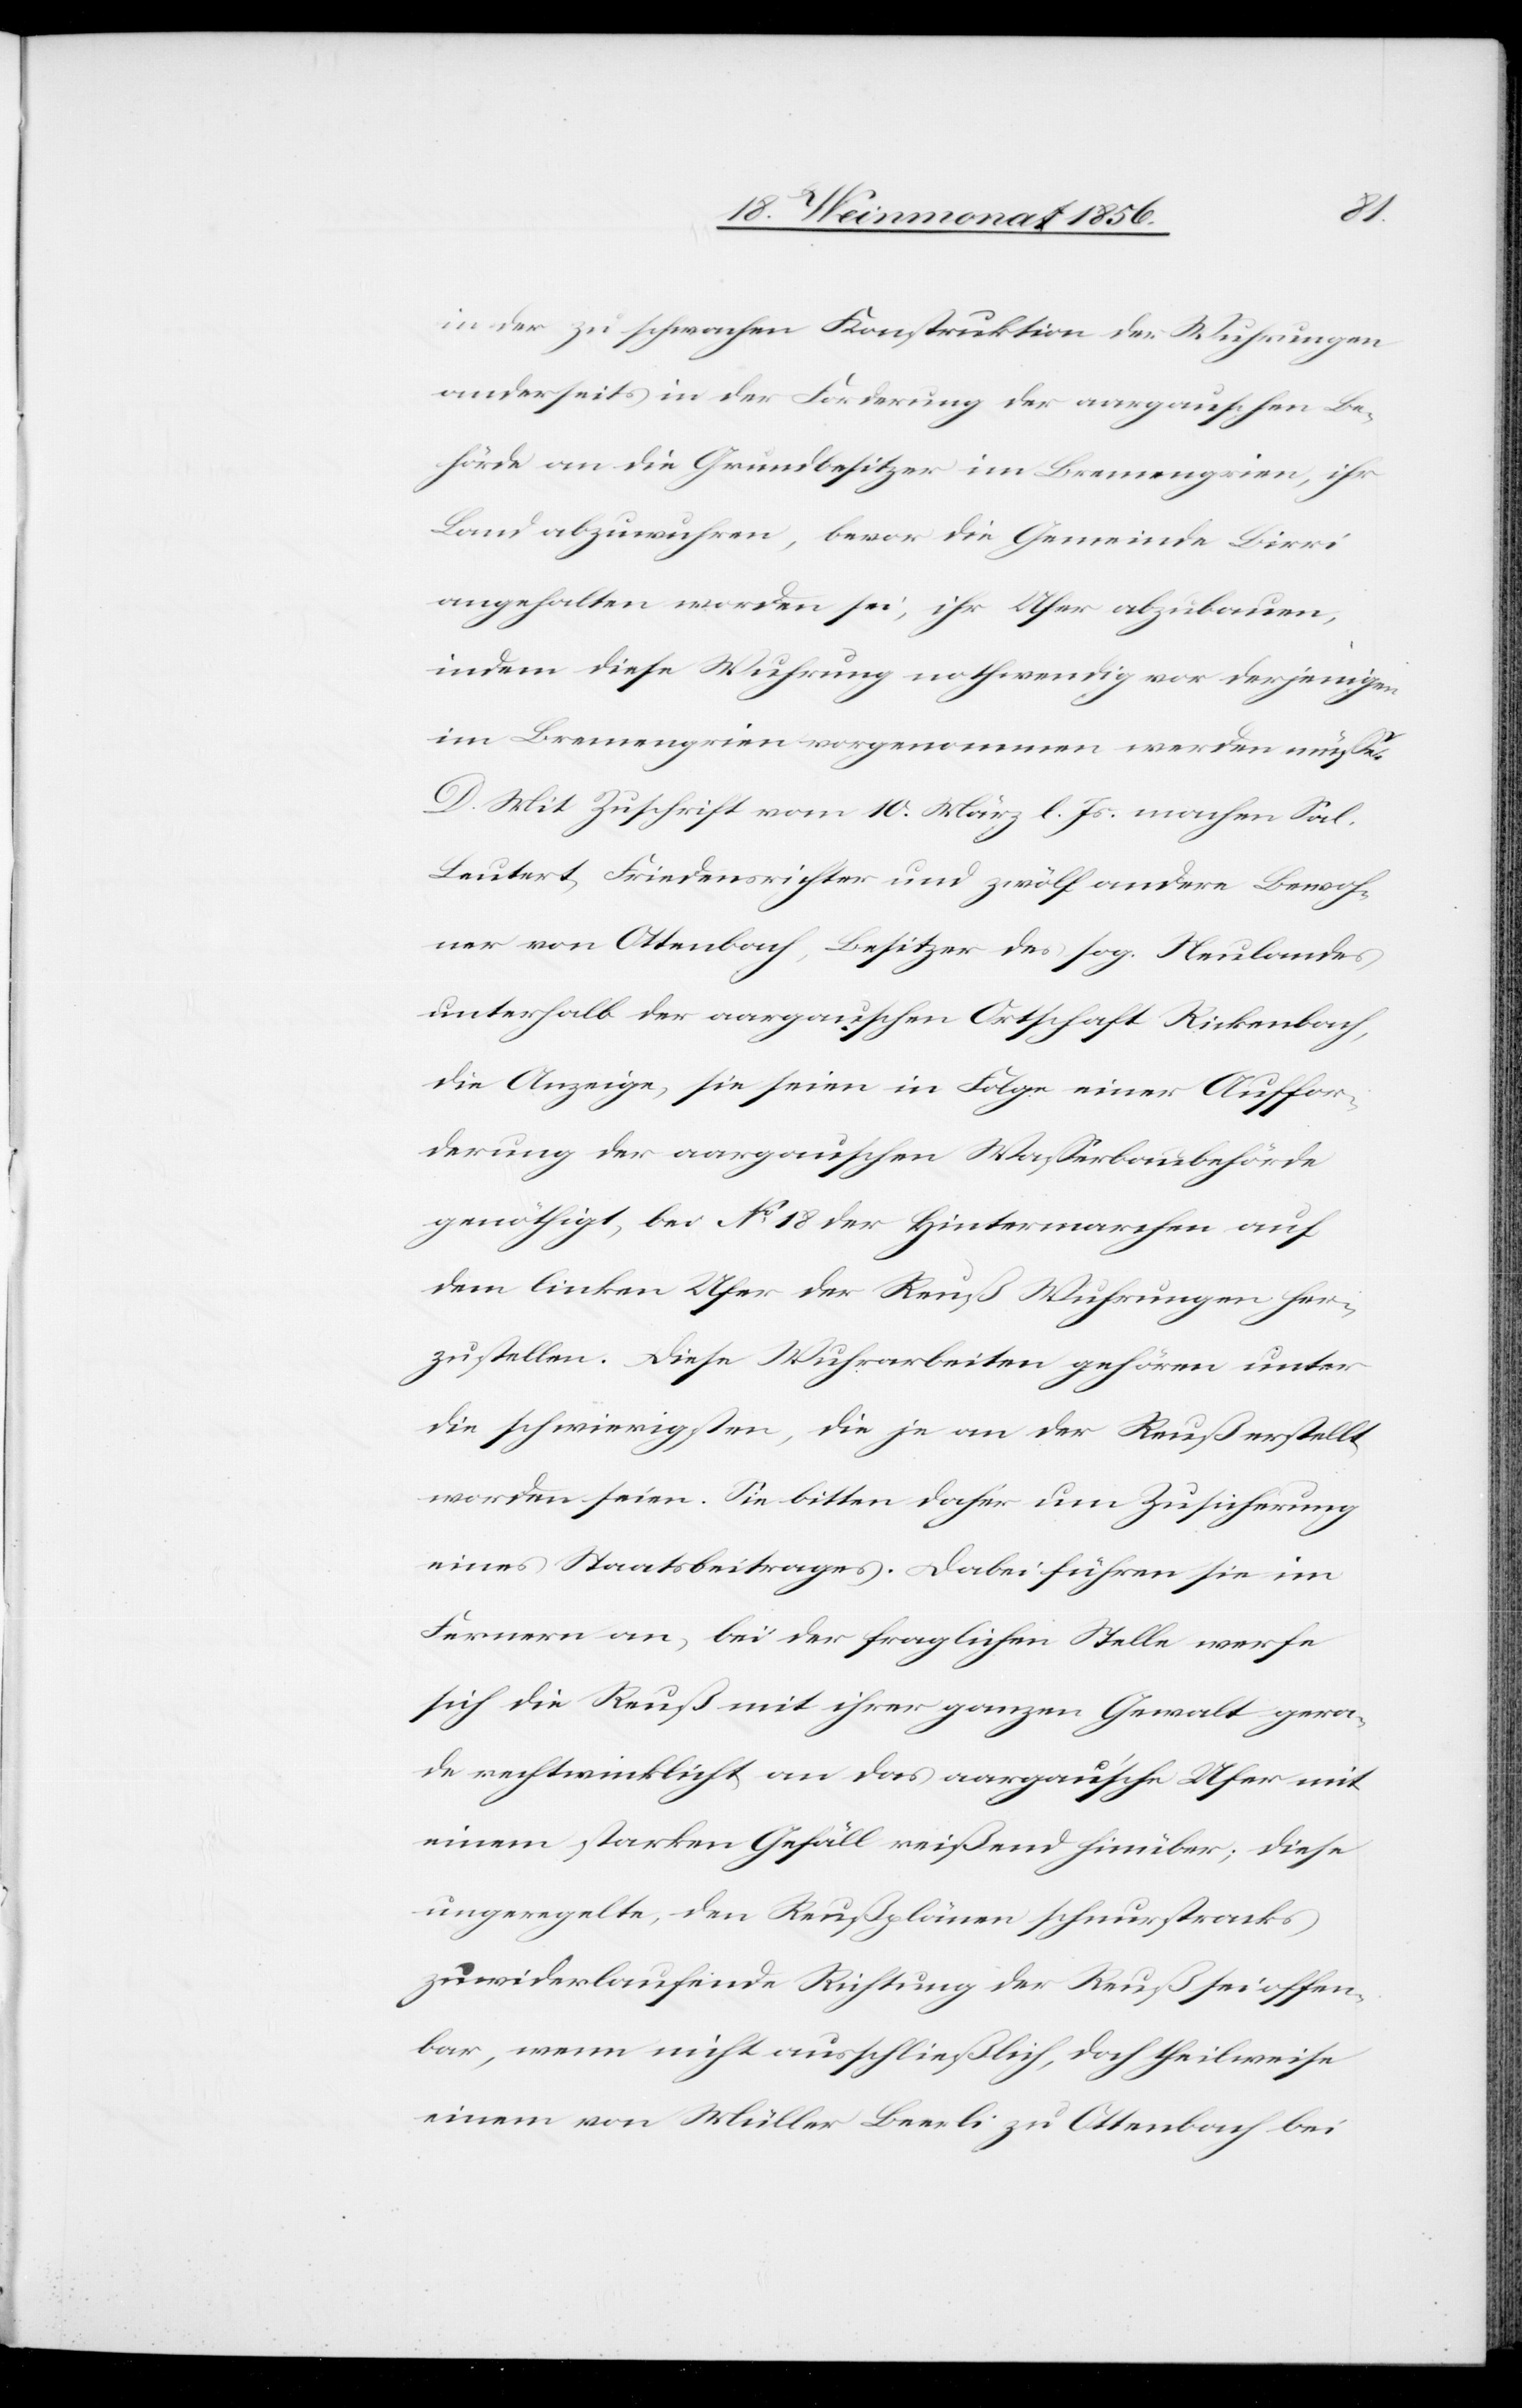
in der zu schwachen Konstruktion der Wuhrungen
anderseits in der Forderung der aargauschen Be¬
hörde an die Grundbesitzer im Bremengrien, ihr
Land abzuwuhren, bevor die Gemeinde Birri
angehalten worden sei, ihr Ufer abzubauen,
indem diese Wuhrung nothwendig vor derjenigen
im Bremengrien vorgenommen werden müsse.
D. Mit Zuschrift vom 10. März l. Js. machen Sal.
Leutert, Friedensrichter und zwölf andere Bewoh¬
ner von Ottenbach, Besitzer des sog. Neulandes
unterhalb der aargauschen Ortschaft Rickenbach,
die Anzeige, sie seien in Folge einer Auffor¬
derung der aargauschen Wasserbaubehörde
genöthigt, bei No 18 der Hintermarchen auf
dem linken Ufer der Reuß Wuhrungen her¬
zustellen. Diese Wuhrarbeiten gehören unter
die schwierigsten, die je an der Reuß erstellt
worden seien. Sie bitten daher um Zusicherung
eines Staatsbeitrages. Dabei führen sie im
Fernern an, bei der fraglichen Stelle werfe
sich die Reuß mit ihrer ganzen Gewalt gera¬
de rechtwinklicht [sic!] an das aargau'sche Ufer mit
einem starken Gefäll reißend hinüber; diese
ungeregelte, den Reußplänen schnurstracks
zuwiderlaufende Richtung der Reuß sei offen¬
bar, wenn nicht ausschließlich, doch theilweise
einem von Müller Beerli zu Ottenbach bei